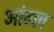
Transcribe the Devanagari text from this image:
आंग्‍ल